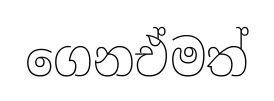
ගෙනඒමත්